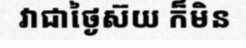
វាជាថ្ងៃស៊យ ក៏មិន